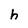
Character: h